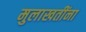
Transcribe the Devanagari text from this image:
मुलाखतींना